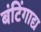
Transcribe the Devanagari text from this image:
बंटिंगाद्य